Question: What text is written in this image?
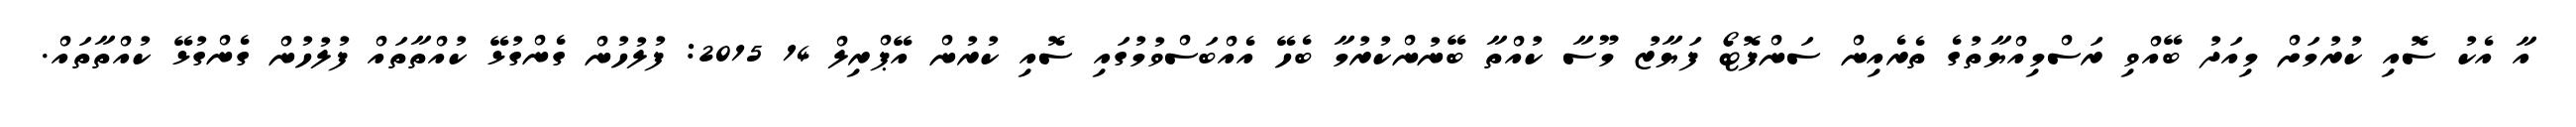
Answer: އާ އެކު ސޮއި ކުރުމަށް މިއަދު ބޭއްވި ރަސްމިއްޔާތުގެ ތެރެއިން ސަންފޮޓޯ ފަޔާޒު މޫސާ ކުއްތާ ބޭނުންކުރުމާ ބެހޭ އެއްބަސްވުމުގައި ސޮއި ކުރުން އޭޕްރިލް 14 2015: ފުލުހުން ގެންގުޅޭ ކުއްތާތައް ފުލުހުން ގެންގުޅޭ ކުއްތާތައް.